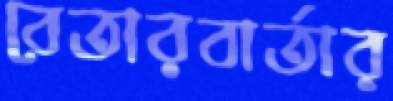
বেতারবার্তার